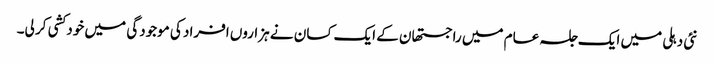
نئی دہلی میں ایک جلسہ عام میں راجستھان کے ایک کسان نے ہزاروں افراد کی موجودگی میں خود کشی کر لی۔